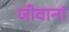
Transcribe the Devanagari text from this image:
जीवानां